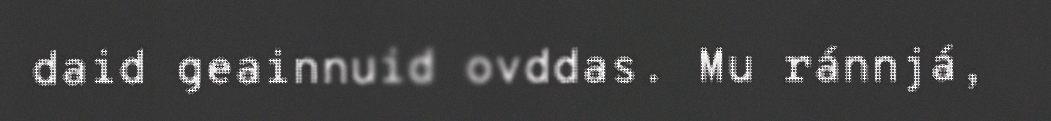
daid geainnuid ovddas. Mu ránnjá,